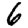
Digit: 6